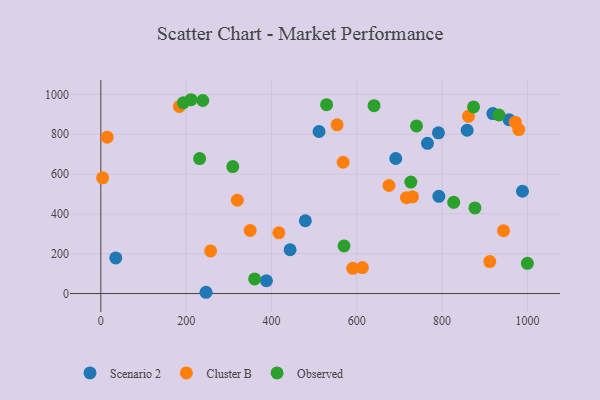
{"axis": {"x": "Engine Size", "y": "Fuel Efficiency"}, "legend": ["Cluster B", "Observed", "Scenario 2"], "data": [{"x": "765.7", "y": 753.9, "type": "Scenario 2"}, {"x": "246.6", "y": 6.4, "type": "Scenario 2"}, {"x": "791.4", "y": 806.8, "type": "Scenario 2"}, {"x": "443.7", "y": 219.9, "type": "Scenario 2"}, {"x": "511.5", "y": 813.4, "type": "Scenario 2"}, {"x": "918.9", "y": 903.4, "type": "Scenario 2"}, {"x": "479.4", "y": 365.5, "type": "Scenario 2"}, {"x": "388.2", "y": 64.2, "type": "Scenario 2"}, {"x": "691.4", "y": 677.8, "type": "Scenario 2"}, {"x": "956.9", "y": 872.6, "type": "Scenario 2"}, {"x": "35.0", "y": 178.9, "type": "Scenario 2"}, {"x": "858.7", "y": 819.6, "type": "Scenario 2"}, {"x": "792.4", "y": 488.1, "type": "Scenario 2"}, {"x": "988.4", "y": 513.6, "type": "Scenario 2"}, {"x": "417.3", "y": 304.8, "type": "Cluster B"}, {"x": "716.4", "y": 481.0, "type": "Cluster B"}, {"x": "553.8", "y": 847.1, "type": "Cluster B"}, {"x": "675.4", "y": 542.4, "type": "Cluster B"}, {"x": "257.3", "y": 213.8, "type": "Cluster B"}, {"x": "971.5", "y": 860.4, "type": "Cluster B"}, {"x": "730.6", "y": 485.6, "type": "Cluster B"}, {"x": "861.9", "y": 889.8, "type": "Cluster B"}, {"x": "350.0", "y": 316.8, "type": "Cluster B"}, {"x": "979.7", "y": 823.2, "type": "Cluster B"}, {"x": "14.8", "y": 784.8, "type": "Cluster B"}, {"x": "184.2", "y": 939.1, "type": "Cluster B"}, {"x": "944.0", "y": 315.6, "type": "Cluster B"}, {"x": "320.0", "y": 468.6, "type": "Cluster B"}, {"x": "590.5", "y": 126.5, "type": "Cluster B"}, {"x": "911.8", "y": 160.7, "type": "Cluster B"}, {"x": "4.2", "y": 580.9, "type": "Cluster B"}, {"x": "567.9", "y": 659.0, "type": "Cluster B"}, {"x": "613.0", "y": 130.4, "type": "Cluster B"}, {"x": "740.0", "y": 841.6, "type": "Observed"}, {"x": "640.4", "y": 942.9, "type": "Observed"}, {"x": "309.3", "y": 637.5, "type": "Observed"}, {"x": "877.0", "y": 429.6, "type": "Observed"}, {"x": "726.7", "y": 559.7, "type": "Observed"}, {"x": "827.2", "y": 458.0, "type": "Observed"}, {"x": "999.9", "y": 151.5, "type": "Observed"}, {"x": "873.7", "y": 936.9, "type": "Observed"}, {"x": "231.5", "y": 677.6, "type": "Observed"}, {"x": "239.0", "y": 969.0, "type": "Observed"}, {"x": "933.2", "y": 896.3, "type": "Observed"}, {"x": "529.2", "y": 948.2, "type": "Observed"}, {"x": "211.4", "y": 972.9, "type": "Observed"}, {"x": "193.6", "y": 958.2, "type": "Observed"}, {"x": "570.1", "y": 238.9, "type": "Observed"}, {"x": "360.5", "y": 73.2, "type": "Observed"}]}